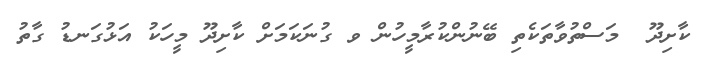
ކާށިދޫ  މަސްތުވާތަކެތި ބޭނުންކުރާމީހުން ވ ގުނަކަމަށް ކާށިދޫ މީހަކު އަޅުގަނޑު ގާތު